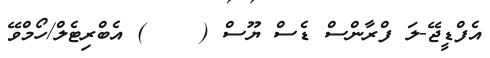
އެފްޑީޖޭ-ލަ ފްރާންސް ޑެސް ޔޫސް (    ) އެބްރިޓެލް/ހޯމްވޭ